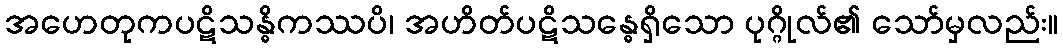
အဟေတုကပဋိသန္ဓိကဿပိ၊ အဟိတ်ပဋိသန္ဓေရှိသော ပုဂ္ဂိုလ်၏ သော်မှလည်း။